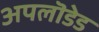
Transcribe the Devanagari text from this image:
अपलॊडेड